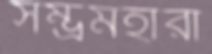
সম্ভ্রমহারা